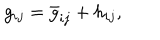
LaTeX: g _ { i j } = \bar { g } _ { i j } + h _ { i j } ,